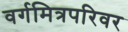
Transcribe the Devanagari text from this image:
वर्गमित्रपरिवर